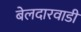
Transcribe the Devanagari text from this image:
बेलदारवाडी